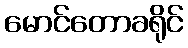
မောင်တောခရိုင်